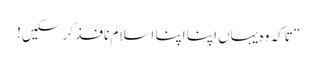
“ تاکہ وہ یہاں اپنا اپنا اسلام نافذ کر سکیں!